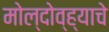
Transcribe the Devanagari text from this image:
मोल्दोव्ह्याचे